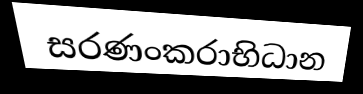
සරණංකරාභිධාන